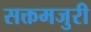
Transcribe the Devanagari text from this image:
सक्तमजुरी